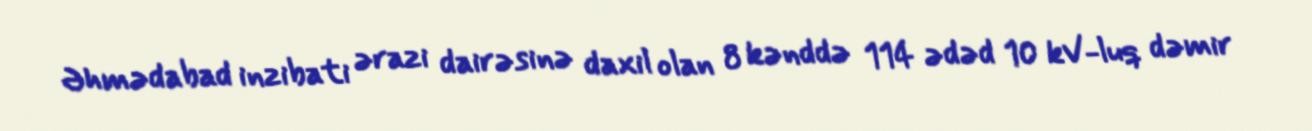
Əhmədabad inzibati ərazi dairəsinə daxil olan 8 kənddə 114 ədəd 10 kV-luq dəmir